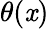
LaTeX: \theta(\mathit{x})